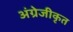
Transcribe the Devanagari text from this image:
अंग्रेजीकृत